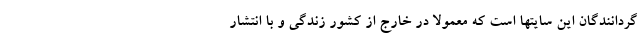
گردانندگان این سایتها است که معمولاً در خارج از کشور زندگی و با انتشار